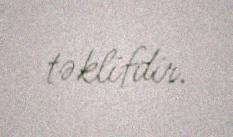
təklifdir.